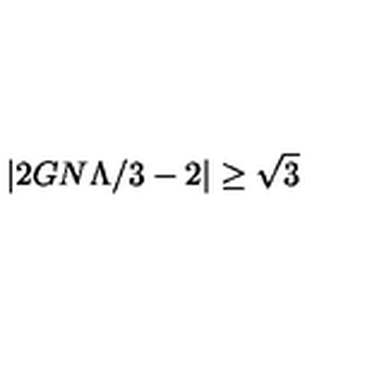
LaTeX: \left| 2 G N \Lambda / 3 - 2 \right| \geq \sqrt { 3 }